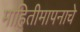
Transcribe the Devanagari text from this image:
माहितीमापनाचे